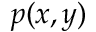
p ( x , y )